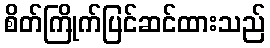
စိတ်ကြိုက်ပြင်ဆင်ထားသည်